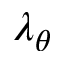
\lambda _ { \theta }